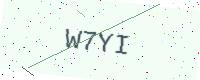
Text: W7YI